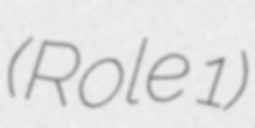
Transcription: (Role 1)